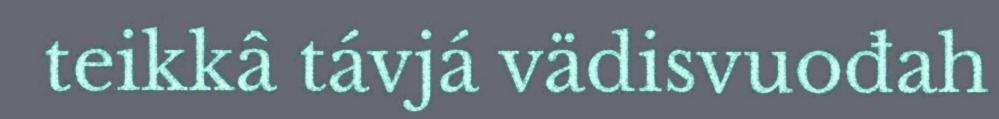
teikkâ távjá vädisvuođah